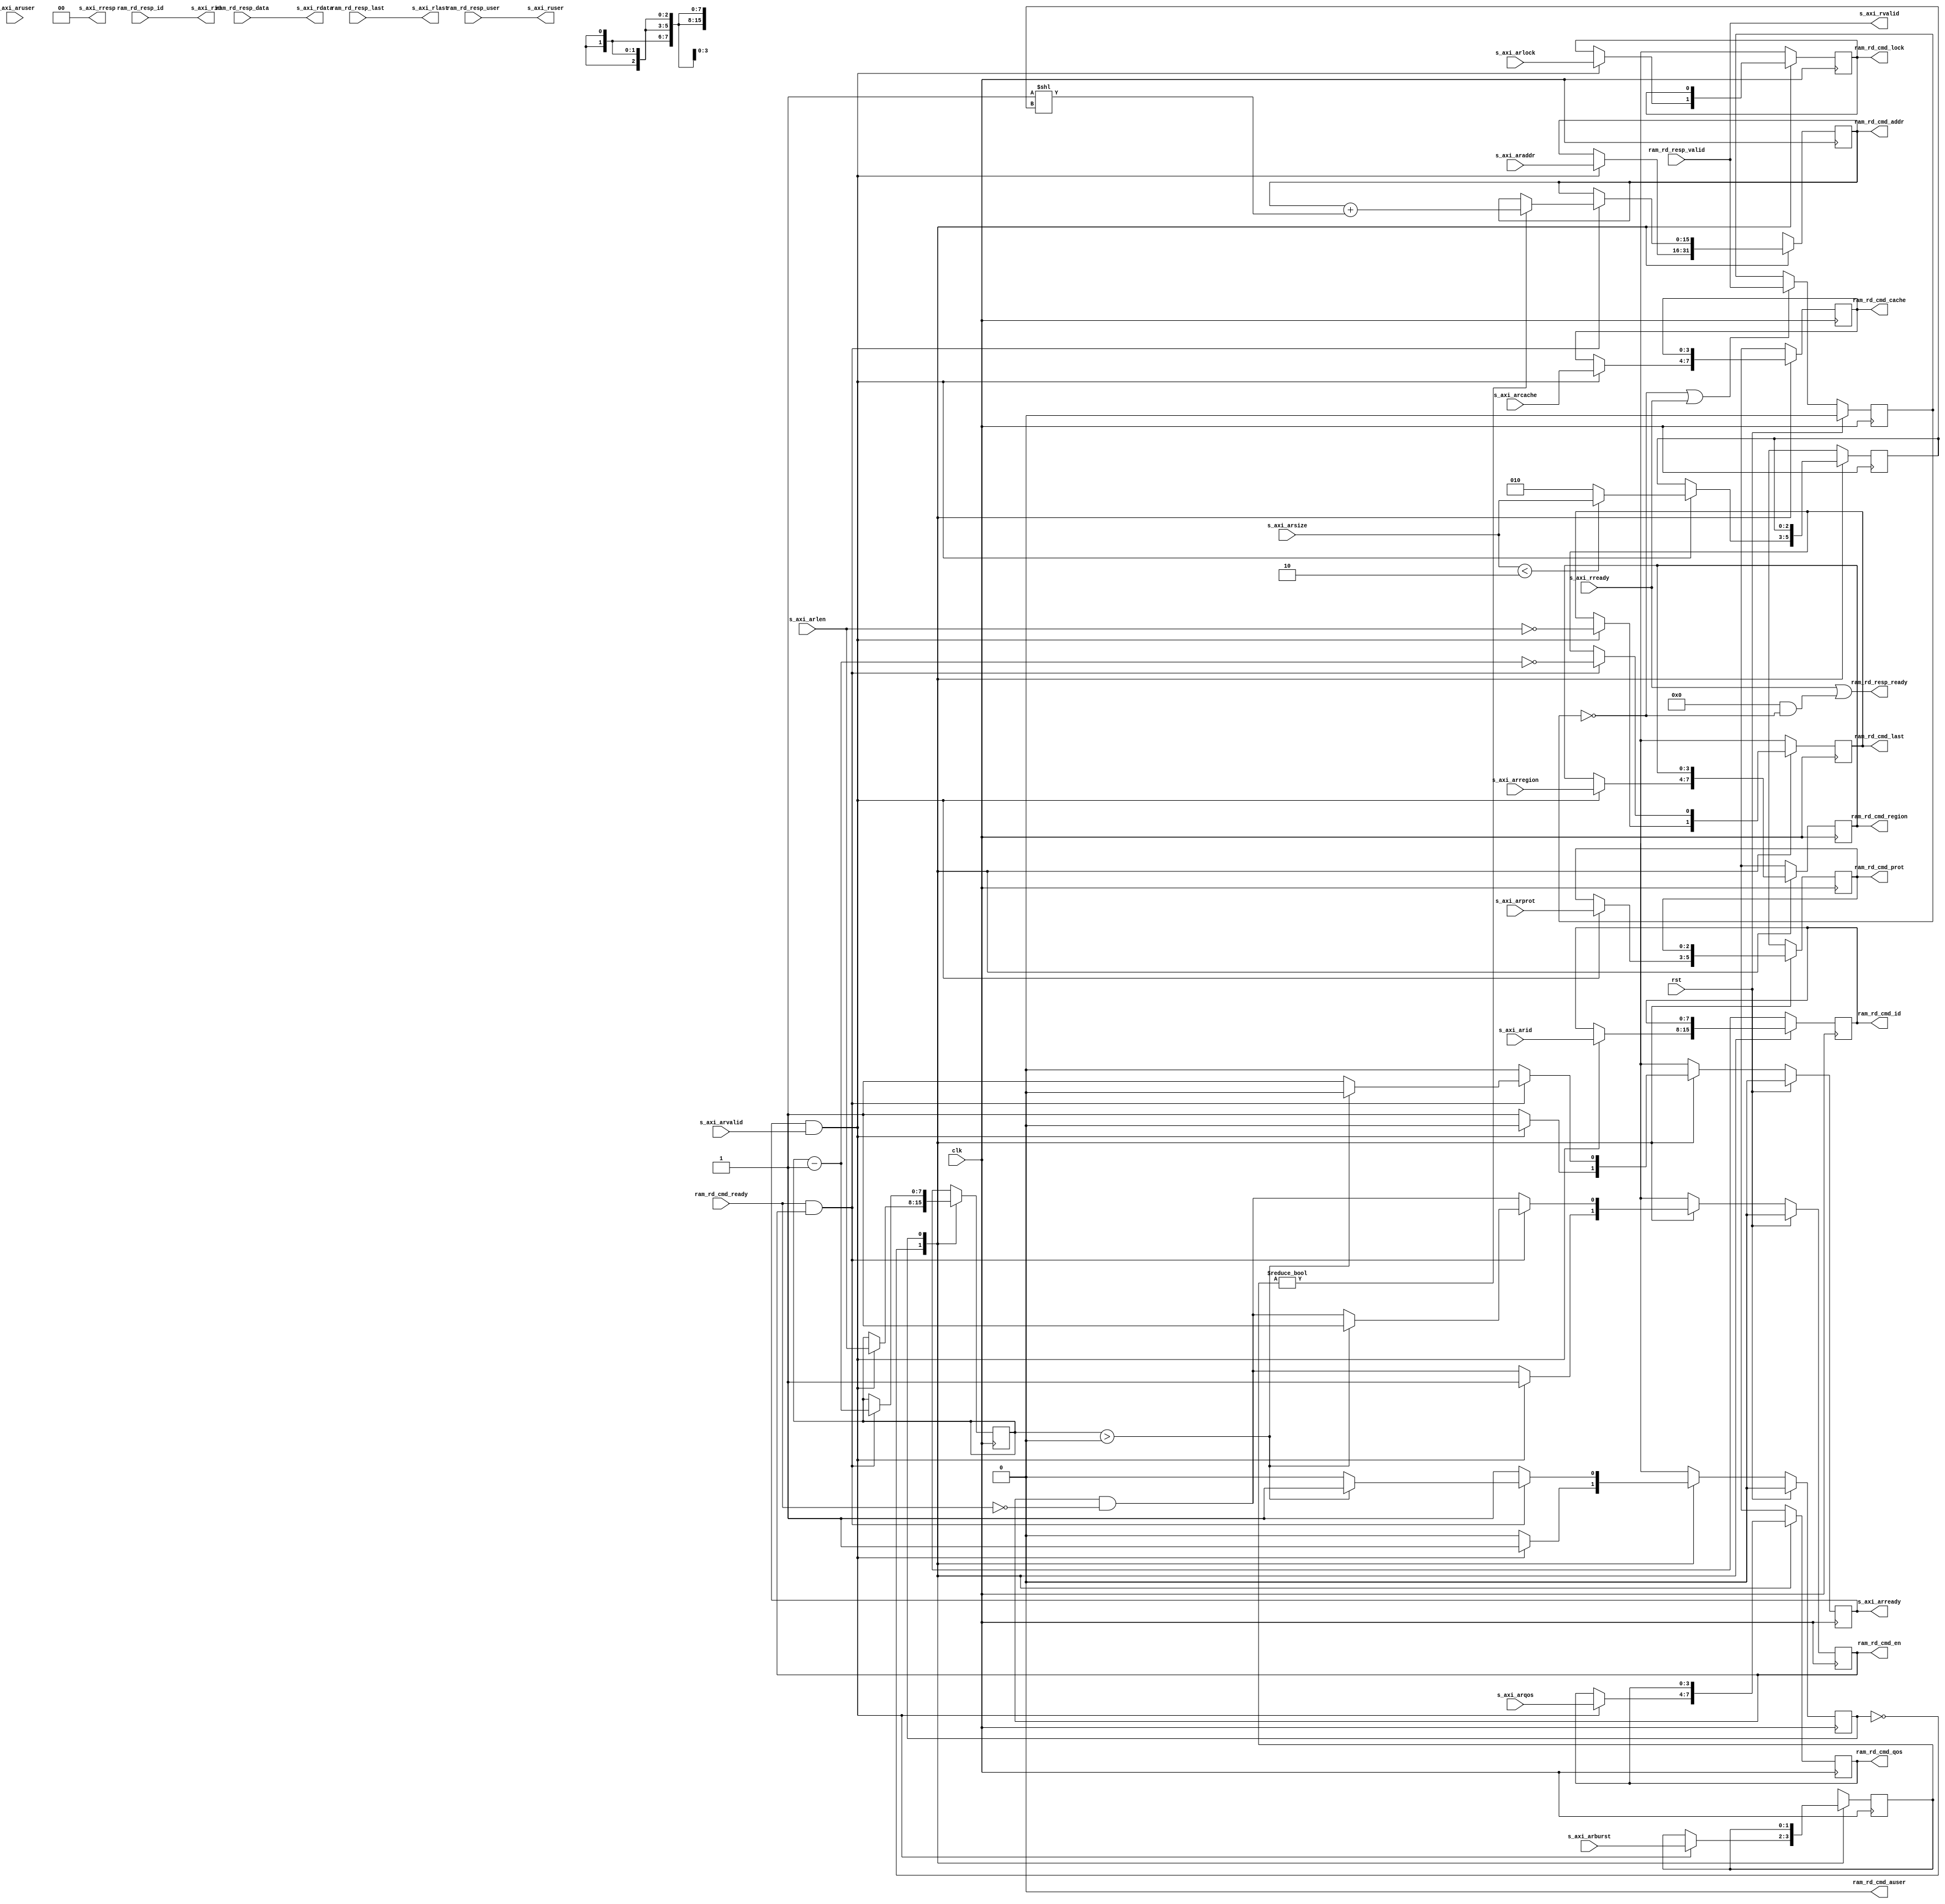
/*

Copyright (c) 2019 Alex Forencich

Permission is hereby granted, free of charge, to any person obtaining a copy
of this software and associated documentation files (the "Software"), to deal
in the Software without restriction, including without limitation the rights
to use, copy, modify, merge, publish, distribute, sublicense, and/or sell
copies of the Software, and to permit persons to whom the Software is
furnished to do so, subject to the following conditions:

The above copyright notice and this permission notice shall be included in
all copies or substantial portions of the Software.

THE SOFTWARE IS PROVIDED "AS IS", WITHOUT WARRANTY OF ANY KIND, EXPRESS OR
IMPLIED, INCLUDING BUT NOT LIMITED TO THE WARRANTIES OF MERCHANTABILITY
FITNESS FOR A PARTICULAR PURPOSE AND NONINFRINGEMENT. IN NO EVENT SHALL THE
AUTHORS OR COPYRIGHT HOLDERS BE LIABLE FOR ANY CLAIM, DAMAGES OR OTHER
LIABILITY, WHETHER IN AN ACTION OF CONTRACT, TORT OR OTHERWISE, ARISING FROM,
OUT OF OR IN CONNECTION WITH THE SOFTWARE OR THE USE OR OTHER DEALINGS IN
THE SOFTWARE.

*/

// Language: Verilog 2001

`resetall
`timescale 1ns / 1ps
`default_nettype none

/*
 * AXI4 RAM read interface
 */
module axi_ram_rd_if #
(
    // Width of data bus in bits
    parameter DATA_WIDTH = 32,
    // Width of address bus in bits
    parameter ADDR_WIDTH = 16,
    // Width of wstrb (width of data bus in words)
    parameter STRB_WIDTH = (DATA_WIDTH/8),
    // Width of ID signal
    parameter ID_WIDTH = 8,
    // Propagate aruser signal
    parameter ARUSER_ENABLE = 0,
    // Width of aruser signal
    parameter ARUSER_WIDTH = 1,
    // Propagate ruser signal
    parameter RUSER_ENABLE = 0,
    // Width of ruser signal
    parameter RUSER_WIDTH = 1,
    // Extra pipeline register on output
    parameter PIPELINE_OUTPUT = 0
)
(
    input  wire                     clk,
    input  wire                     rst,

    /*
     * AXI slave interface
     */
    input  wire [ID_WIDTH-1:0]      s_axi_arid,
    input  wire [ADDR_WIDTH-1:0]    s_axi_araddr,
    input  wire [7:0]               s_axi_arlen,
    input  wire [2:0]               s_axi_arsize,
    input  wire [1:0]               s_axi_arburst,
    input  wire                     s_axi_arlock,
    input  wire [3:0]               s_axi_arcache,
    input  wire [2:0]               s_axi_arprot,
    input  wire [3:0]               s_axi_arqos,
    input  wire [3:0]               s_axi_arregion,
    input  wire [ARUSER_WIDTH-1:0]  s_axi_aruser,
    input  wire                     s_axi_arvalid,
    output wire                     s_axi_arready,
    output wire [ID_WIDTH-1:0]      s_axi_rid,
    output wire [DATA_WIDTH-1:0]    s_axi_rdata,
    output wire [1:0]               s_axi_rresp,
    output wire                     s_axi_rlast,
    output wire [RUSER_WIDTH-1:0]   s_axi_ruser,
    output wire                     s_axi_rvalid,
    input  wire                     s_axi_rready,

    /*
     * RAM interface
     */
    output wire [ID_WIDTH-1:0]      ram_rd_cmd_id,
    output wire [ADDR_WIDTH-1:0]    ram_rd_cmd_addr,
    output wire                     ram_rd_cmd_lock,
    output wire [3:0]               ram_rd_cmd_cache,
    output wire [2:0]               ram_rd_cmd_prot,
    output wire [3:0]               ram_rd_cmd_qos,
    output wire [3:0]               ram_rd_cmd_region,
    output wire [ARUSER_WIDTH-1:0]  ram_rd_cmd_auser,
    output wire                     ram_rd_cmd_en,
    output wire                     ram_rd_cmd_last,
    input  wire                     ram_rd_cmd_ready,
    input  wire [ID_WIDTH-1:0]      ram_rd_resp_id,
    input  wire [DATA_WIDTH-1:0]    ram_rd_resp_data,
    input  wire                     ram_rd_resp_last,
    input  wire [RUSER_WIDTH-1:0]   ram_rd_resp_user,
    input  wire                     ram_rd_resp_valid,
    output wire                     ram_rd_resp_ready
);

parameter VALID_ADDR_WIDTH = ADDR_WIDTH - $clog2(STRB_WIDTH);
parameter WORD_WIDTH = STRB_WIDTH;
parameter WORD_SIZE = DATA_WIDTH/WORD_WIDTH;

// bus width assertions
initial begin
    if (WORD_SIZE * STRB_WIDTH != DATA_WIDTH) begin
        $error("Error: AXI data width not evenly divisble (instance %m)");
        $finish;
    end

    if (2**$clog2(WORD_WIDTH) != WORD_WIDTH) begin
        $error("Error: AXI word width must be even power of two (instance %m)");
        $finish;
    end
end

localparam [0:0]
    STATE_IDLE = 1'd0,
    STATE_BURST = 1'd1;

reg [0:0] state_reg = STATE_IDLE, state_next;

reg [ID_WIDTH-1:0] read_id_reg = {ID_WIDTH{1'b0}}, read_id_next;
reg [ADDR_WIDTH-1:0] read_addr_reg = {ADDR_WIDTH{1'b0}}, read_addr_next;
reg read_lock_reg = 1'b0, read_lock_next;
reg [3:0] read_cache_reg = 4'd0, read_cache_next;
reg [2:0] read_prot_reg = 3'd0, read_prot_next;
reg [3:0] read_qos_reg = 4'd0, read_qos_next;
reg [3:0] read_region_reg = 4'd0, read_region_next;
reg [ARUSER_WIDTH-1:0] read_aruser_reg = {ARUSER_WIDTH{1'b0}}, read_aruser_next;
reg read_addr_valid_reg = 1'b0, read_addr_valid_next;
reg read_last_reg = 1'b0, read_last_next;
reg [7:0] read_count_reg = 8'd0, read_count_next;
reg [2:0] read_size_reg = 3'd0, read_size_next;
reg [1:0] read_burst_reg = 2'd0, read_burst_next;

reg s_axi_arready_reg = 1'b0, s_axi_arready_next;
reg [ID_WIDTH-1:0] s_axi_rid_pipe_reg = {ID_WIDTH{1'b0}};
reg [DATA_WIDTH-1:0] s_axi_rdata_pipe_reg = {DATA_WIDTH{1'b0}};
reg s_axi_rlast_pipe_reg = 1'b0;
reg [RUSER_WIDTH-1:0] s_axi_ruser_pipe_reg = {RUSER_WIDTH{1'b0}};
reg s_axi_rvalid_pipe_reg = 1'b0;

assign s_axi_arready = s_axi_arready_reg;
assign s_axi_rid = PIPELINE_OUTPUT ? s_axi_rid_pipe_reg : ram_rd_resp_id;
assign s_axi_rdata = PIPELINE_OUTPUT ? s_axi_rdata_pipe_reg : ram_rd_resp_data;
assign s_axi_rresp = 2'b00;
assign s_axi_rlast = PIPELINE_OUTPUT ? s_axi_rlast_pipe_reg : ram_rd_resp_last;
assign s_axi_ruser = PIPELINE_OUTPUT ? s_axi_ruser_pipe_reg : ram_rd_resp_user;
assign s_axi_rvalid = PIPELINE_OUTPUT ? s_axi_rvalid_pipe_reg : ram_rd_resp_valid;

assign ram_rd_cmd_id = read_id_reg;
assign ram_rd_cmd_addr = read_addr_reg;
assign ram_rd_cmd_lock = read_lock_reg;
assign ram_rd_cmd_cache = read_cache_reg;
assign ram_rd_cmd_prot = read_prot_reg;
assign ram_rd_cmd_qos = read_qos_reg;
assign ram_rd_cmd_region = read_region_reg;
assign ram_rd_cmd_auser = ARUSER_ENABLE ? read_aruser_reg : {ARUSER_WIDTH{1'b0}};
assign ram_rd_cmd_en = read_addr_valid_reg;
assign ram_rd_cmd_last = read_last_reg;

assign ram_rd_resp_ready = s_axi_rready || (PIPELINE_OUTPUT && !s_axi_rvalid_pipe_reg);

always @* begin
    state_next = STATE_IDLE;

    read_id_next = read_id_reg;
    read_addr_next = read_addr_reg;
    read_lock_next = read_lock_reg;
    read_cache_next = read_cache_reg;
    read_prot_next = read_prot_reg;
    read_qos_next = read_qos_reg;
    read_region_next = read_region_reg;
    read_aruser_next = read_aruser_reg;
    read_addr_valid_next = read_addr_valid_reg && !ram_rd_cmd_ready;
    read_last_next = read_last_reg;
    read_count_next = read_count_reg;
    read_size_next = read_size_reg;
    read_burst_next = read_burst_reg;

    s_axi_arready_next = 1'b0;

    case (state_reg)
        STATE_IDLE: begin
            s_axi_arready_next = 1'b1;

            if (s_axi_arready && s_axi_arvalid) begin
                read_id_next = s_axi_arid;
                read_addr_next = s_axi_araddr;
                read_lock_next = s_axi_arlock;
                read_cache_next = s_axi_arcache;
                read_prot_next = s_axi_arprot;
                read_qos_next = s_axi_arqos;
                read_region_next = s_axi_arregion;
                read_aruser_next = s_axi_aruser;
                read_count_next = s_axi_arlen;
                read_size_next = s_axi_arsize < $clog2(STRB_WIDTH) ? s_axi_arsize : $clog2(STRB_WIDTH);
                read_burst_next = s_axi_arburst;

                s_axi_arready_next = 1'b0;
                read_last_next = read_count_next == 0;
                read_addr_valid_next = 1'b1;
                state_next = STATE_BURST;
            end else begin
                state_next = STATE_IDLE;
            end
        end
        STATE_BURST: begin
            if (ram_rd_cmd_ready && ram_rd_cmd_en) begin
                if (read_burst_reg != 2'b00) begin
                    read_addr_next = read_addr_reg + (1 << read_size_reg);
                end
                read_count_next = read_count_reg - 1;
                read_last_next = read_count_next == 0;
                if (read_count_reg > 0) begin
                    read_addr_valid_next = 1'b1;
                    state_next = STATE_BURST;
                end else begin
                    s_axi_arready_next = 1'b1;
                    state_next = STATE_IDLE;
                end
            end else begin
                state_next = STATE_BURST;
            end
        end
    endcase
end

always @(posedge clk) begin
    state_reg <= state_next;

    read_id_reg <= read_id_next;
    read_addr_reg <= read_addr_next;
    read_lock_reg <= read_lock_next;
    read_cache_reg <= read_cache_next;
    read_prot_reg <= read_prot_next;
    read_qos_reg <= read_qos_next;
    read_region_reg <= read_region_next;
    read_aruser_reg <= read_aruser_next;
    read_addr_valid_reg <= read_addr_valid_next;
    read_last_reg <= read_last_next;
    read_count_reg <= read_count_next;
    read_size_reg <= read_size_next;
    read_burst_reg <= read_burst_next;

    s_axi_arready_reg <= s_axi_arready_next;

    if (!s_axi_rvalid_pipe_reg || s_axi_rready) begin
        s_axi_rid_pipe_reg <= ram_rd_resp_id;
        s_axi_rdata_pipe_reg <= ram_rd_resp_data;
        s_axi_rlast_pipe_reg <= ram_rd_resp_last;
        s_axi_ruser_pipe_reg <= ram_rd_resp_user;
        s_axi_rvalid_pipe_reg <= ram_rd_resp_valid;
    end

    if (rst) begin
        state_reg <= STATE_IDLE;

        read_addr_valid_reg <= 1'b0;

        s_axi_arready_reg <= 1'b0;
        s_axi_rvalid_pipe_reg <= 1'b0;
    end
end

endmodule

`resetall